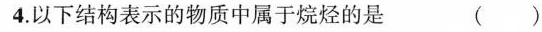
4.以下结构表示的物质中属于烷烃的是 ( )